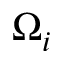
\Omega _ { i }